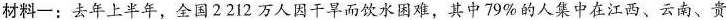
材料-：去年上半年，全国2212万人因干旱而饮水困难，其中79%的人集中在江西、云南、贵